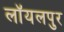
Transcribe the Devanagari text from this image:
लॉयलपुर